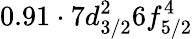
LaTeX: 0.91\cdot 7d_{3/2}^{2}6f_{5/2}^{4}